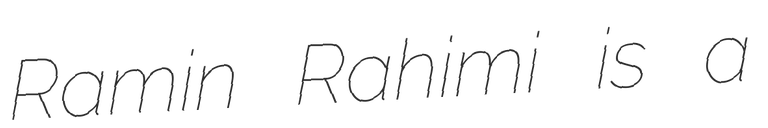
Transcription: Ramin Rahimi is a